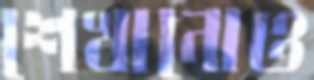
শেখানোও